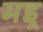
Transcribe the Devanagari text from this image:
मइ्र